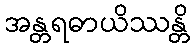
အန္တရဓာယိဿန္တိ